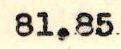
81.85